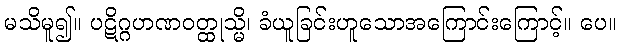
မသိမူ၍။ ပဋိဂ္ဂဟဏဝတ္ထုသ္မိ၊ ခံယူခြင်းဟူသောအကြောင်းကြောင့်။ ပေ။